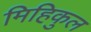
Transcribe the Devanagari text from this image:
मिहिकुल